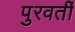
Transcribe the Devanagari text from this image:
पुरवर्ती